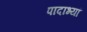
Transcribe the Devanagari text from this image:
पादाभ्यां